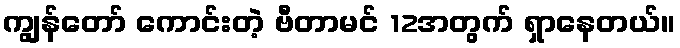
ကျွန်တော် ကောင်းတဲ့ ဗီတာမင် 12အတွက် ရှာနေတယ်။